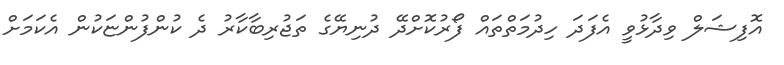
އޮފިޝަލް ވިދާޅުވީ އެފަދަ ހިދުމަތްތައް ފޯރުކޮށްދޭ ދުނިޔޭގެ ތަޖުރިބާކާރު ދެ ކުންފުންޏަކުން އެކަމަށް